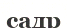
садр